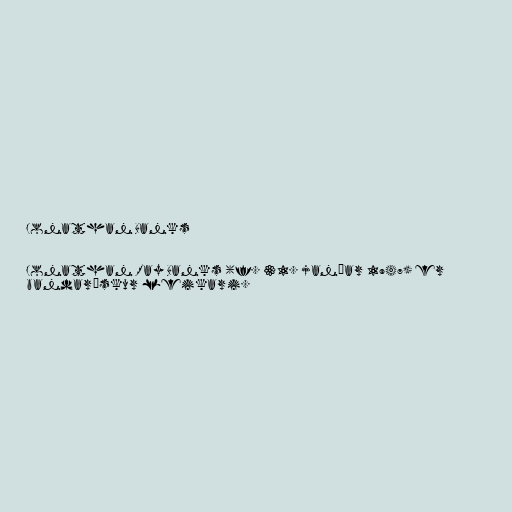
Jonathan Banks

Jonathan Ray Banks (f. 31. janúar 1947) er
bandarískur leikari.